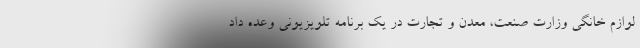
لوازم خانگی وزارت صنعت، معدن و تجارت در یک برنامه تلویزیونی وعده داد